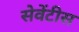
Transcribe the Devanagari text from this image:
सेवेंटीस